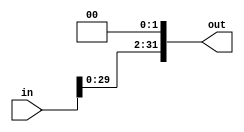
module shift_left_twice(
    input[N-1:0] in,
    output[N-1:0] out
);
    parameter N = 32;
    assign out = in << 2;
endmodule